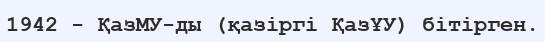
1942 - ҚазМУ-ды (қазіргі ҚазҰУ) бітірген.